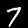
Label: 7